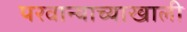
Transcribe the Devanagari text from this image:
परवान्याच्याखाली